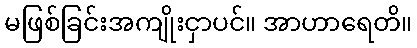
မဖြစ်ခြင်းအကျိုးငှာပင်။ အာဟာရေတိ။